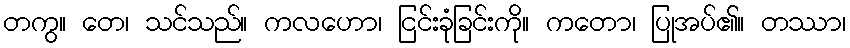
တကွ။ တေ၊ သင်သည်။ ကလဟော၊ ငြင်းခုံခြင်းကို။ ကတော၊ ပြုအပ်၏။ တဿာ၊